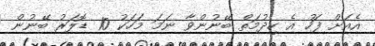
އެއަށް ފަހު އެ ހިދުމަތް ބޭނުންވާ ނަމަ މަހަކު 10 ޑޮލަރު ބޭނުން